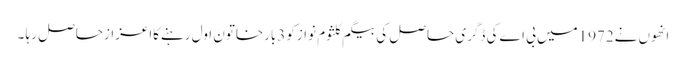
انھوں نے1972میں بی اےکی ڈگری حاصل کی بیگم کلثوم نوازکو3بارخاتون اول رہنےکااعزازحاصل رہا ۔